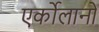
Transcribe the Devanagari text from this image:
एर्कोलानो